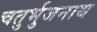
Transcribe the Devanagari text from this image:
चतुर्भुजनाथ